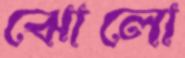
ঝোলো